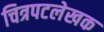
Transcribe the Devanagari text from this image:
चित्रपटलेखक